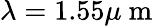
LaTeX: \lambda=1.55\mu\mathrm{~m~}